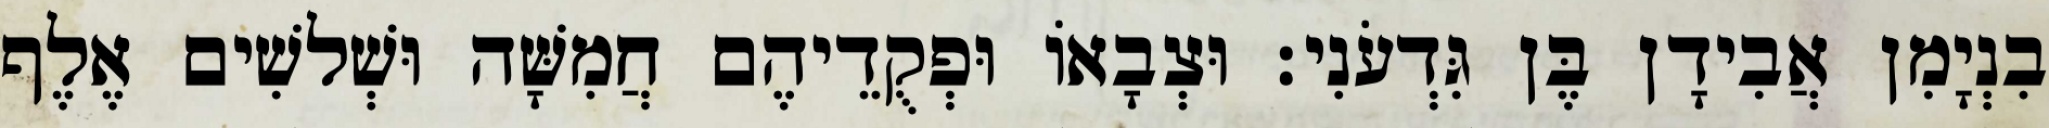
בִנְיָמִן אֲבִידָן בֶּן גִּדְעֹנִי׃ וּצְבָאוֹ וּפְקֻדֵיהֶם חֲמִשָּׁה וּשְׁלשִׁים אֶלֶף